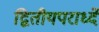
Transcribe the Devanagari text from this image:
द्वितीयपरार्ध्दे